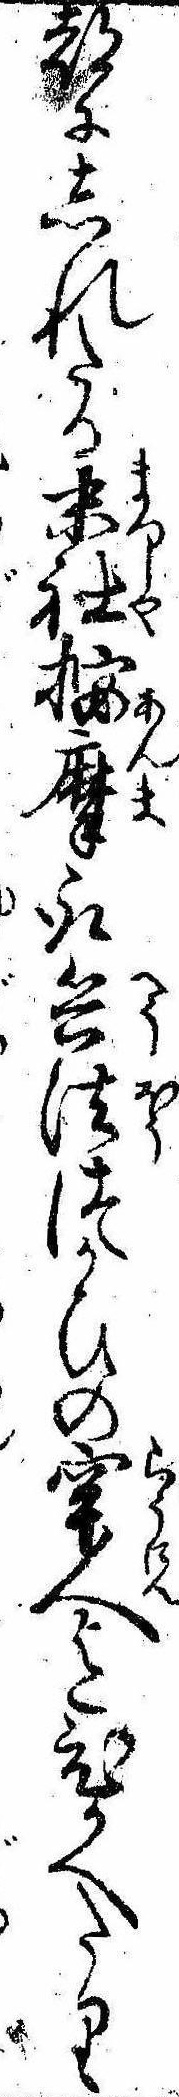
都にしれたる末社按摩取兵法つかひの牢人迄ひかへたり